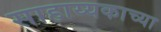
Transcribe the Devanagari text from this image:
साहाय्यकाच्या